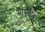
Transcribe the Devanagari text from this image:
भास्कराय